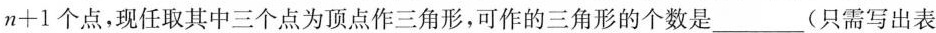
n + 1$$个点，现任取其中三个点为顶点作三角形，可作的三角形的个数是___(只需写出表